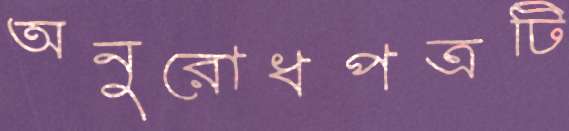
অনুরোধপত্রটি